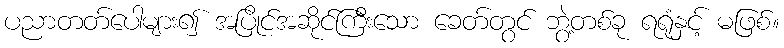
ပညာတတ်ပေါများ၍ အပြိုင်အဆိုင်ကြီးသော ခေတ်တွင် ဘွဲ့တစ်ခု ရရုံနှင့် မဖြစ်။